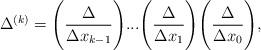
LaTeX: \begin{align*}\Delta^{(k)}=\Bigg(\frac{\Delta}{\Delta x_{k-1}}\Bigg)...\Bigg(\frac{\Delta}{\Delta x_{1}}\Bigg)\Bigg(\frac{\Delta}{\Delta x_{0}}\Bigg),\end{align*}